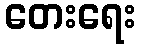
တေးရေး